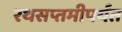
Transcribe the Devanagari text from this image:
रथसप्तमीपर्यंत